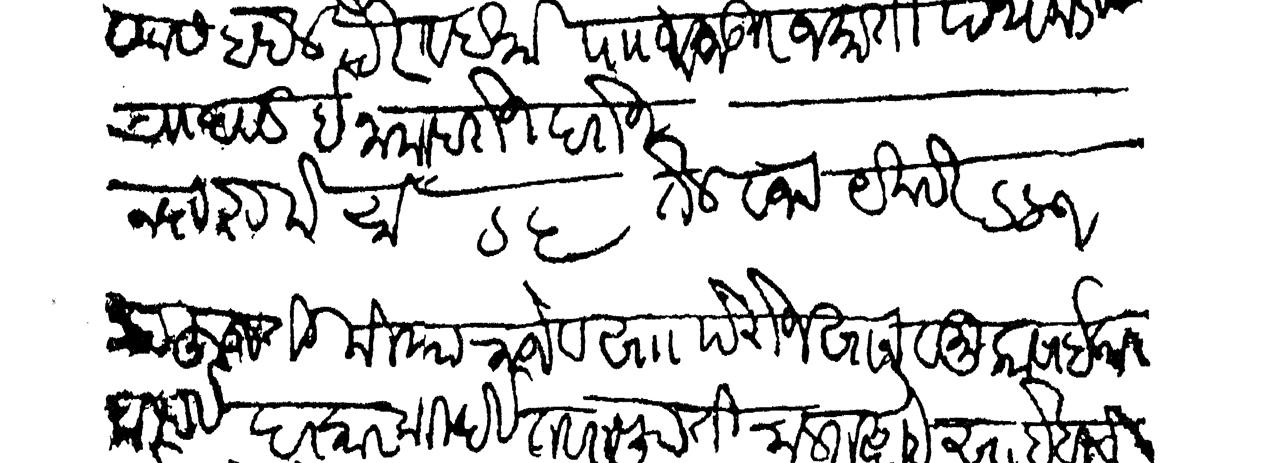
Transliteration (Devanagari): णास बदल खैर व दहक पाा मजकूर जकाती पथकडेवसे चांदवड इनाम नख्त रुके रुये ६ तेल वजन यंकदर १ हा हुजती मिया राजे व सा  पेरोजखान व मुकासई कारकीर्द व दरकारकीर्द तसरुफाती चालत आहे साहेबाचे